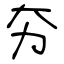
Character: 夯